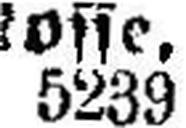
5239